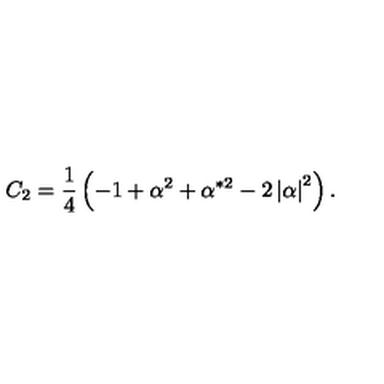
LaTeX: C _ { 2 } = \frac 1 4 \left( - 1 + \alpha ^ { 2 } + \alpha ^ { * 2 } - 2 \left| \alpha \right| ^ { 2 } \right) .